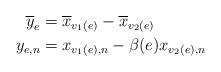
LaTeX: \begin{align*} \overline{y}_e &= \overline{x}_{v_1(e)} - \overline{x}_{v_2(e)}\\ y_{e, n} &= x_{v_1(e), n} - \beta(e) x_{v_2(e), n}\end{align*}